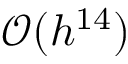
\mathcal { O } ( h ^ { 1 4 } )